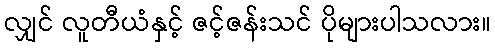
လျှင် လူတီယံနှင့် ဇင့်ဇန်းသင် ပိုများပါသလား။